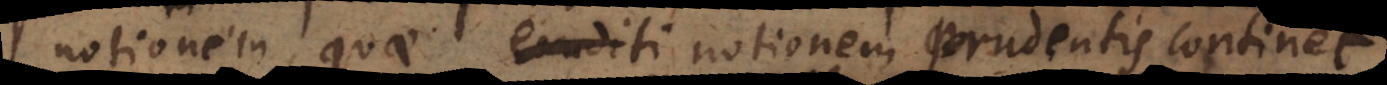
notionem, quae notionem prudentis continet